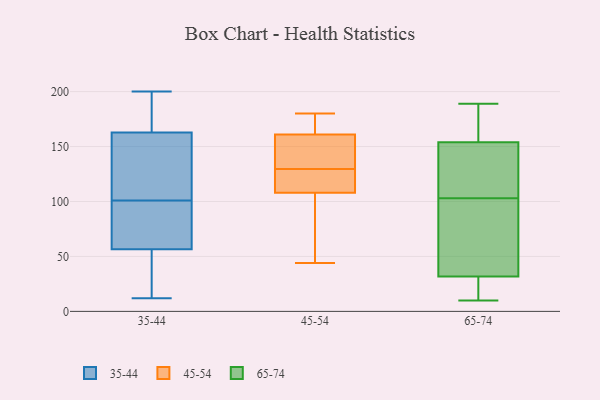
{"axis": {"x": "Demand Index", "y": "Value"}, "legend": ["35-44", "45-54", "65-74"], "data": [{"x": "", "y": 21, "type": "35-44"}, {"x": "", "y": 200, "type": "35-44"}, {"x": "", "y": 88, "type": "35-44"}, {"x": "", "y": 101, "type": "35-44"}, {"x": "", "y": 37, "type": "35-44"}, {"x": "", "y": 189, "type": "35-44"}, {"x": "", "y": 102, "type": "35-44"}, {"x": "", "y": 63, "type": "35-44"}, {"x": "", "y": 189, "type": "35-44"}, {"x": "", "y": 23, "type": "35-44"}, {"x": "", "y": 191, "type": "35-44"}, {"x": "", "y": 87, "type": "35-44"}, {"x": "", "y": 79, "type": "35-44"}, {"x": "", "y": 113, "type": "35-44"}, {"x": "", "y": 12, "type": "35-44"}, {"x": "", "y": 149, "type": "35-44"}, {"x": "", "y": 154, "type": "35-44"}, {"x": "", "y": 129, "type": "45-54"}, {"x": "", "y": 108, "type": "45-54"}, {"x": "", "y": 180, "type": "45-54"}, {"x": "", "y": 53, "type": "45-54"}, {"x": "", "y": 130, "type": "45-54"}, {"x": "", "y": 44, "type": "45-54"}, {"x": "", "y": 172, "type": "45-54"}, {"x": "", "y": 137, "type": "45-54"}, {"x": "", "y": 108, "type": "45-54"}, {"x": "", "y": 161, "type": "45-54"}, {"x": "", "y": 106, "type": "65-74"}, {"x": "", "y": 25, "type": "65-74"}, {"x": "", "y": 10, "type": "65-74"}, {"x": "", "y": 189, "type": "65-74"}, {"x": "", "y": 150, "type": "65-74"}, {"x": "", "y": 103, "type": "65-74"}, {"x": "", "y": 88, "type": "65-74"}, {"x": "", "y": 22, "type": "65-74"}, {"x": "", "y": 46, "type": "65-74"}, {"x": "", "y": 169, "type": "65-74"}, {"x": "", "y": 185, "type": "65-74"}, {"x": "", "y": 155, "type": "65-74"}, {"x": "", "y": 117, "type": "65-74"}, {"x": "", "y": 151, "type": "65-74"}, {"x": "", "y": 73, "type": "65-74"}, {"x": "", "y": 43, "type": "65-74"}, {"x": "", "y": 189, "type": "65-74"}, {"x": "", "y": 17, "type": "65-74"}, {"x": "", "y": 28, "type": "65-74"}]}